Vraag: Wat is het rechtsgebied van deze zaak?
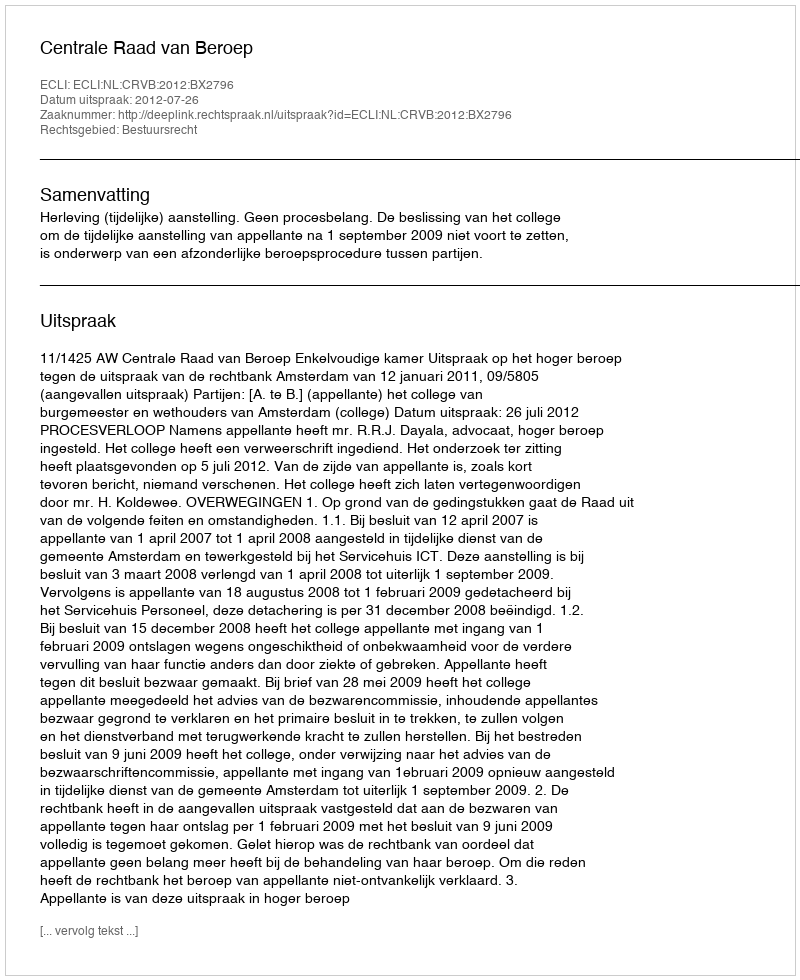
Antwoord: Bestuursrecht